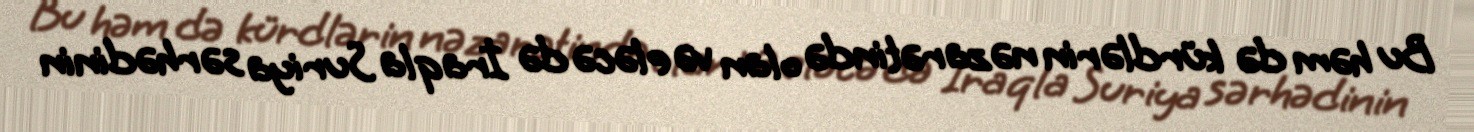
Bu həm də kürdlərin nəzarətində olan və eləcə də İraqla Suriya sərhədinin